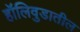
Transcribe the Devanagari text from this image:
हॉलिवुडातील